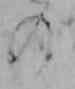
の